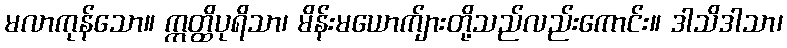
မလာကုန်သော။ ဣတ္ထိပုရိသာ၊ မိန်းမယောက်ျားတို့သည်လည်းကောင်း။ ဒါသိဒါသာ၊